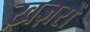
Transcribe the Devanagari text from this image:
ख़ज़रों